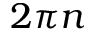
2 \pi n